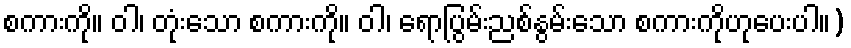
စကားကို။ ဝါ၊ တုံးသော စကားကို။ ဝါ၊ ရောပြွမ်းညစ်နွမ်းသော စကားကိုဟုပေးပါ။)